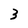
Character: 3